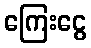
ကြေးငွေ